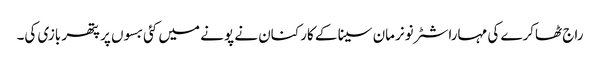
راج ٹھاکرے کی مہاراشٹر نونرمان سینا کے کارکنان نے پونے میں کئی بسوں پر پتھر بازی کی۔